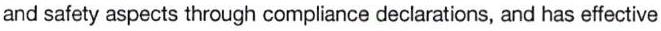
and safety aspects through compliance declarations, and has effective